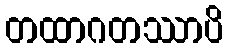
တထာဂတဿာပိ